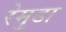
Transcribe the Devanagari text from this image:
रेमुडा